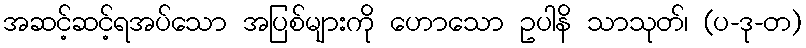
အဆင့်ဆင့်ရအပ်သော အပြစ်များကို ဟောသော ဥပါနိ သာသုတ်၊ (ပ-ဒု-တ)